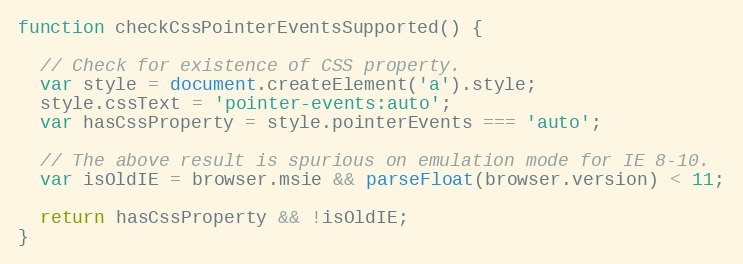
Language: JavaScript
function checkCssPointerEventsSupported() {

  // Check for existence of CSS property.
  var style = document.createElement('a').style;
  style.cssText = 'pointer-events:auto';
  var hasCssProperty = style.pointerEvents === 'auto';

  // The above result is spurious on emulation mode for IE 8-10.
  var isOldIE = browser.msie && parseFloat(browser.version) < 11;

  return hasCssProperty && !isOldIE;
}